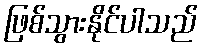
ဖြစ်သွားနိုင်ပါသည်